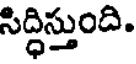
సిద్ధిస్తుంది.